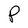
Character: P